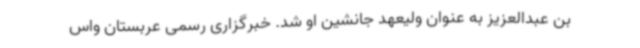
بن عبدالعزیز به عنوان ولیعهد جانشین او شد. خبرگزاری رسمی عربستان واس